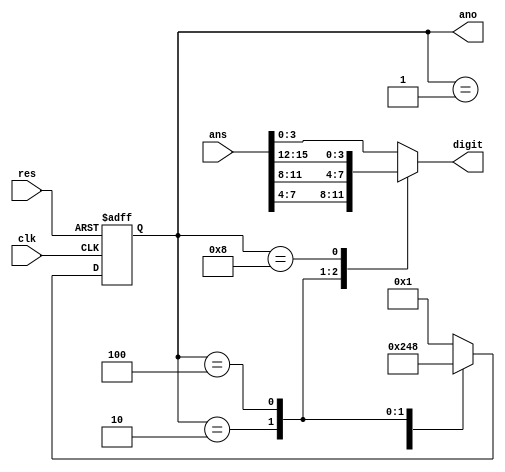
//2021-7-11 luke Scanner
//
`timescale 1ns/100ps

module Scanner(clk,res,ans,ano,digit);
input clk,res;
input [15:0] ans;
output reg [3:0] ano;
output reg [3:0] digit;

initial begin
    ano <= 4'b0001;
    digit <= 0;
end

always@(posedge clk or posedge res) begin
    if(res) begin
        ano <= 4'b0001;
    end
    else begin
        case(ano)
            4'b0001: begin ano <= 4'b0010; end
            4'b0010: begin ano <= 4'b0100; end
            4'b0100: begin ano <= 4'b1000; end
            4'b1000: begin ano <= 4'b0001; end
            default: begin ano <= 4'b0001; end
        endcase
    end
end

always@(*) begin
    case(ano)
        4'b0001: begin digit <= ans[3:0]; end
        4'b0010: begin digit <= ans[7:4]; end
        4'b0100: begin digit <= ans[11:8]; end
        4'b1000: begin digit <= ans[15:12]; end
        default: begin digit <= ans[3:0]; end
    endcase
end

endmodule